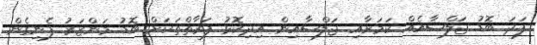
ފަދަ ބޮޑު ޖަލްސާއެއް ކަމަށާއި ޖަލްސާއިން އިދިކޮޅު ފަރާތްތަކަށް ބޮޑު މަންޒަރު ފެނިގެން